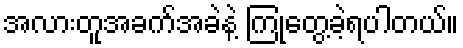
အလားတူအခက်အခဲနဲ့ ကြုံတွေ့ခဲ့ရပါတယ်။